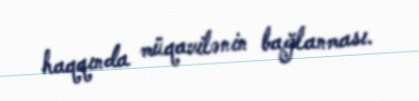
haqqında müqavilənin bağlanması.